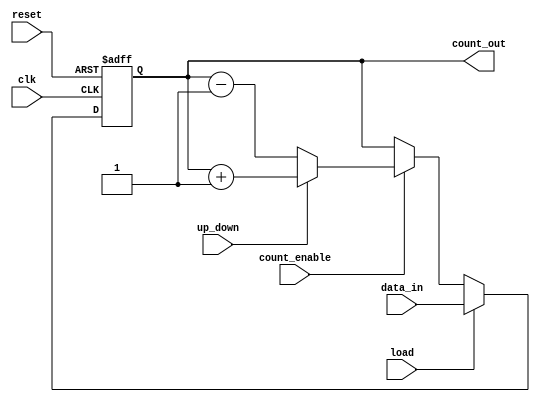
module synchronous_load_counter (
    input wire clk,                    // Clock input
    input wire reset,                  // Asynchronous reset
    input wire load,                   // Load signal
    input wire [N-1:0] data_in,        // Input data bus for loading value
    input wire count_enable,           // Count enable signal
    input wire up_down,                // Control signal for counting direction (1 = up, 0 = down)
    output reg [N-1:0] count_out       // Current count value output
);
parameter N = 8; // Size of the counter (number of bits)

// Always block for synchronous operation
always @(posedge clk or posedge reset) begin
    if (reset) begin
        count_out <= 0; // Asynchronous reset to zero
    end else if (load) begin
        count_out <= data_in; // Load new value on load signal
    end else if (count_enable) begin
        if (up_down) begin
            count_out <= count_out + 1; // Increment
        end else begin
            count_out <= count_out - 1; // Decrement
        end
    end
end

endmodule